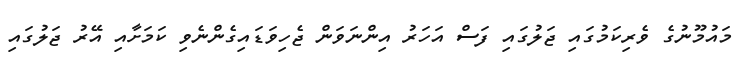
މައުމޫނުގެ ވެރިކަމުގައި ޖަލުގައި ފަސް އަހަރު އިންނަވަން ޖެހިވަޑައިގެންނެވި ކަމަށާއި އޭރު ޖަލުގައި